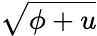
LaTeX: \sqrt{\phi+u}